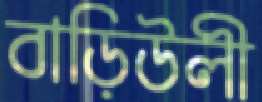
বাড়িউলী